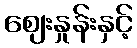
ဈေးနှုန်းနှင့်